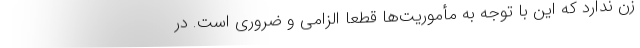
زن ندارد که این با توجه به مأموریت‌ها قطعا الزامی و ضروری است. در